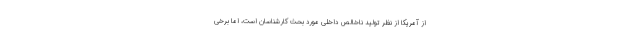
از آمریکا از نظر تولید ناخالص داخلی مورد بحث کارشناسان است، اما برخی